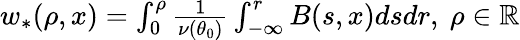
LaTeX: \begin{array}{r}{w_{\ast}(\rho,x)=\int_{0}^{\rho}\frac{1}{\nu(\theta_{0})}\int_{-\infty}^{r}B(s,x)dsdr,\ \rho\in\mathbb{R}}\end{array}